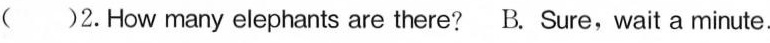
( )2.How many elephants are there? B. Sure, wait a minute.